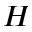
H